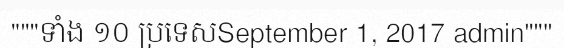
"""ទាំង ១០ ប្រទេសSeptember 1, 2017 admin"""